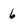
Character: 6